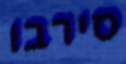
סירבו